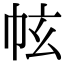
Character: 𢂄